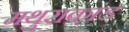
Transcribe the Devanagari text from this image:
मथुराकांड